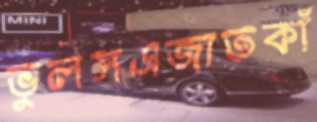
ভুলসএজাতকাঁ